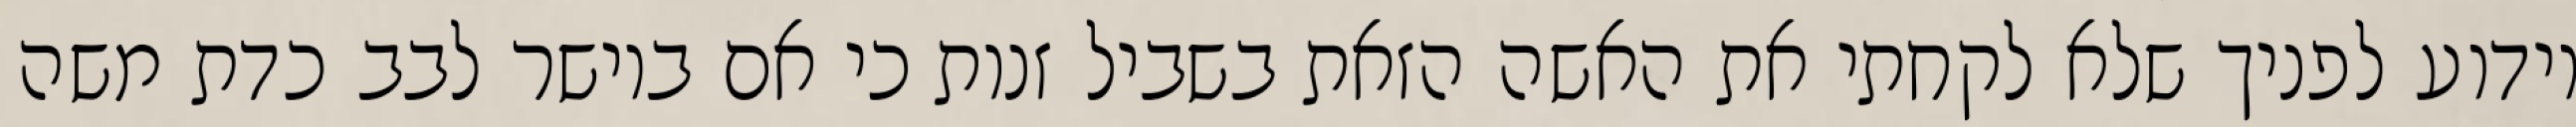
וידוע לפניך שלא לקחתי את האשה הזאת בשביל זנות כי אם ביושר לבב כדת משה